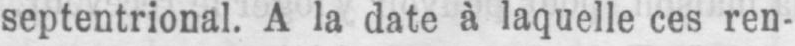
septentrional. A la date à laquelle ces ren-